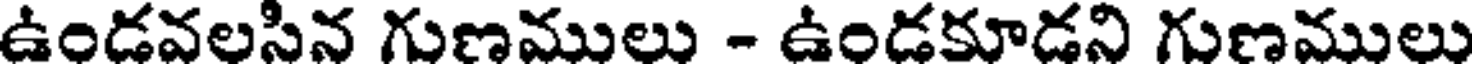
ఉండవలసిన గుణములు - ఉండకూడని గుణములు